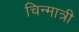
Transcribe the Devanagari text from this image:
चिन्मात्री